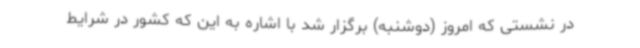
در نشستی که امروز (دوشنبه) برگزار شد با اشاره به این که کشور در شرایط